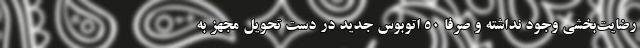
رضایت‌بخشی وجود نداشته و صرفا ۵۰ اتوبوس جدید در دست تحویل مجهز به